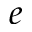
e